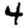
Digit: 4